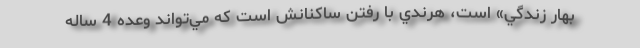
بهار زندگي» است، هرندي با رفتن ساكنانش است كه مي‌تواند وعده 4 ساله